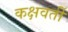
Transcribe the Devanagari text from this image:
कक्षवर्ती